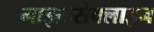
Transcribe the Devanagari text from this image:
माइक्रसेक्लाइन